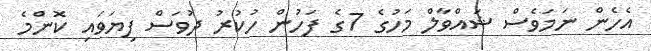
އެހެން ނަމަވެސް ޝައްވާލް މަހުގެ 7ގެ ފަހުން ހުކުރު ދުވަސް ފިޔަވައި ކޮންމެ